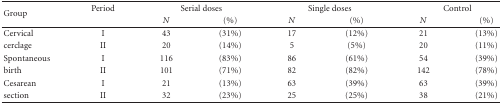
<table><thead><tr><td rowspan="2"><b>Group</b></td><td><b>Period</b></td><td colspan="2"><b>Serial doses</b></td><td colspan="2"><b>Single doses</b></td><td colspan="2"><b>Control</b></td></tr><tr><td></td><td><b><i>N</i></b></td><td><b>(%)</b></td><td><b><i>N</i></b></td><td><b>(%)</b></td><td><b><i>N</i></b></td><td><b>(%) </b></td></tr></thead><tbody><tr><td>Cervical</td><td>I</td><td>43</td><td>(31%)</td><td>17</td><td>(12%)</td><td>21</td><td>(13%)</td></tr><tr><td>cerclage</td><td>II</td><td>20</td><td>(14%)</td><td> 5</td><td>(5%)</td><td>20</td><td>(11%)</td></tr><tr><td>Spontaneous</td><td>I</td><td>116</td><td>(83%)</td><td>86</td><td>(61%)</td><td>54</td><td>(39%)</td></tr><tr><td>birth</td><td>II</td><td>101</td><td>(71%)</td><td>82</td><td>(82%)</td><td>142</td><td>(78%)</td></tr><tr><td>Cesarean</td><td>I</td><td>21</td><td>(13%)</td><td>63</td><td>(39%)</td><td>63</td><td>(39%)</td></tr><tr><td>section</td><td>II</td><td>32</td><td>(23%)</td><td>25</td><td>(25%)</td><td>38</td><td>(21%)</td></tr></tbody></table>